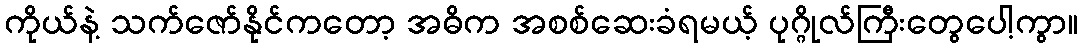
ကိုယ်နဲ့ သက်ဇော်နိုင်ကတော့ အဓိက အစစ်ဆေးခံရမယ့် ပုဂ္ဂိုလ်ကြီးတွေပေါ့ကွာ။